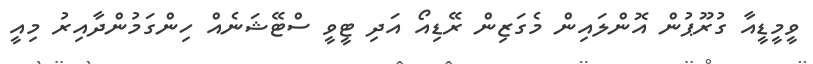
ވީމީޑީއާ ގުރޫޕުން އޮންލައިން މެގަޒިން ރޭޑިއޯ އަދި ޓީވީ ސްޓޭޝަނެއް ހިންގަމުންދާއިރު މިއީ